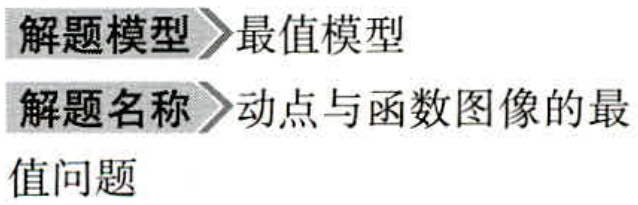
\begin{description}
\item[解题模型] 最值模型
\item[解题名称] 动点与函数图像的最值问题
\end{description}